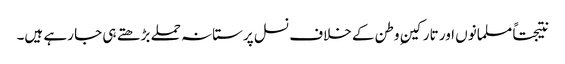
نتیجتاً مسلمانوں اور تارکینِ وطن کے خلاف نسل پرستانہ حملے بڑھتے ہی جا رہے ہیں۔